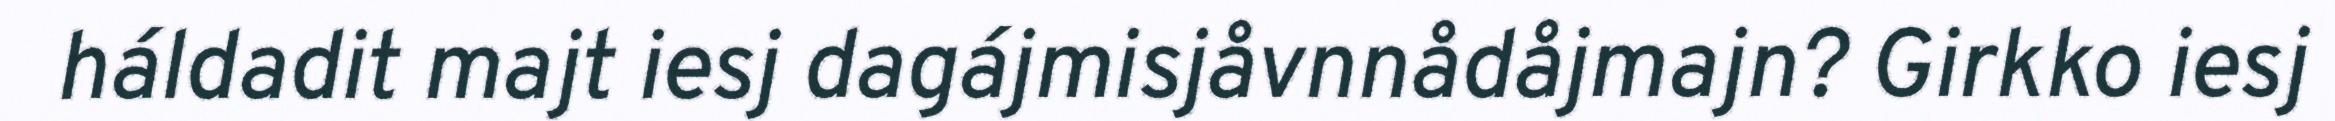
háldadit majt iesj dagájmisjåvnnådåjmajn? Girkko iesj